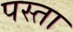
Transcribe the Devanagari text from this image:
पस्ता